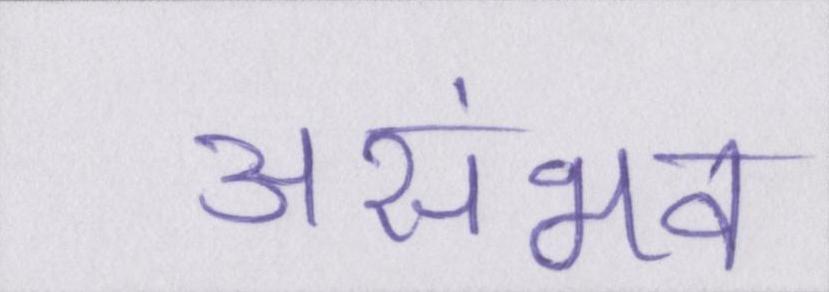
असंभव